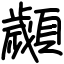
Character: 顪